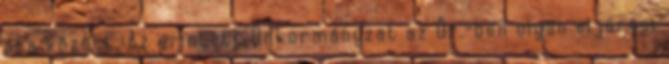
óra között. Az érintett Önkormányzat az Ör.-ben olyan eljárási